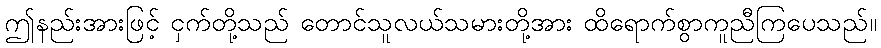
ဤနည်းအားဖြင့် ငှက်တို့သည် တောင်သူလယ်သမားတို့အား ထိရောက်စွာကူညီကြပေသည်။